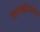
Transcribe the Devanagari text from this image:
प्लाज्मोडेजमेटा